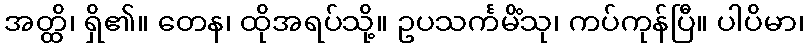
အတ္ထိ၊ ရှိ၏။ တေန၊ ထိုအရပ်သို့။ ဥပသင်္ကမိံသု၊ ကပ်ကုန်ပြီ။ ပါပိမာ၊